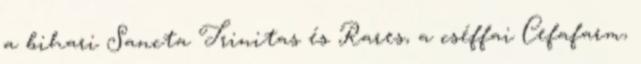
a bihari Sancta Trinitas és Rares, a cséffai Cefafarm,